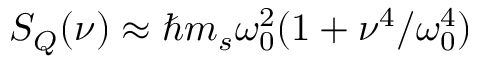
S _ { Q } ( \nu ) \approx \hbar m _ { s } \omega _ { 0 } ^ { 2 } ( 1 + \nu ^ { 4 } / \omega _ { 0 } ^ { 4 } )